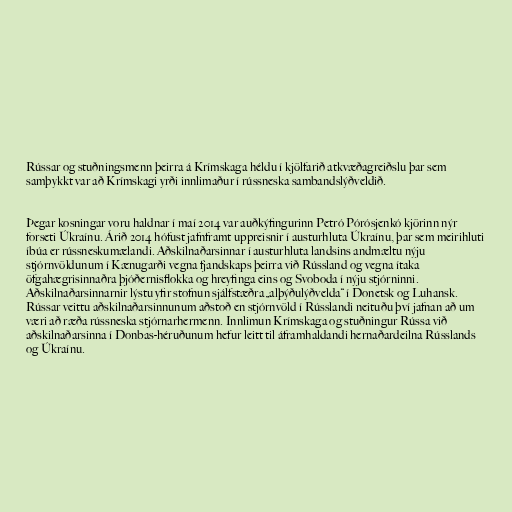
Rússar og stuðningsmenn þeirra á Krímskaga héldu í kjölfarið atkvæðagreiðslu þar sem
samþykkt var að Krímskagi yrði innlimaður í rússneska sambandslýðveldið.

Þegar kosningar voru haldnar í maí 2014 var auðkýfingurinn Petró Pórósjenkó kjörinn nýr
forseti Úkraínu. Árið 2014 hófust jafnframt uppreisnir í austurhluta Úkraínu, þar sem meirihluti
íbúa er rússneskumælandi. Aðskilnaðarsinnar í austurhluta landsins andmæltu nýju
stjórnvöldunum í Kænugarði vegna fjandskaps þeirra við Rússland og vegna ítaka
öfgahægrisinnaðra þjóðernisflokka og hreyfinga eins og Svoboda í nýju stjórninni.
Aðskilnaðarsinnarnir lýstu yfir stofnun sjálfstæðra „alþýðulýðvelda“ í Donetsk og Luhansk.
Rússar veittu aðskilnaðarsinnunum aðstoð en stjórnvöld í Rússlandi neituðu því jafnan að um
væri að ræða rússneska stjórnarhermenn. Innlimun Krímskaga og stuðningur Rússa við
aðskilnaðarsinna í Donbas-héruðunum hefur leitt til áframhaldandi hernaðardeilna Rússlands
og Úkraínu.